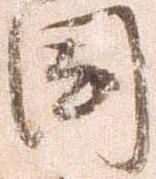
国